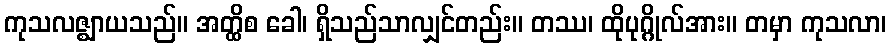
ကုသလဇ္ဈာယသည်။ အတ္ထိစ ခေါ၊ ရှိသည်သာလျှင်တည်း။ တဿ၊ ထိုပုဂ္ဂိုလ်အား။ တမှာ ကုသလာ၊